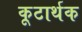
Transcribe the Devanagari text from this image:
कूटार्थक